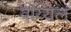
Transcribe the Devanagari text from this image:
वेय्यिल